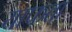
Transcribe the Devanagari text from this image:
याफता